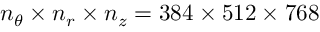
n _ { \theta } \times n _ { r } \times n _ { z } = 3 8 4 \times 5 1 2 \times 7 6 8